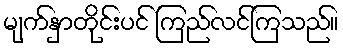
မျက်နှာတိုင်းပင် ကြည်လင်ကြသည်။